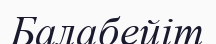
Балабейіт